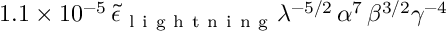
1 . 1 \times 1 0 ^ { - 5 } \, \tilde { \epsilon } _ { \mathrm { ~ l ~ i ~ g ~ h ~ t ~ n ~ i ~ n ~ g ~ } } \lambda ^ { - 5 / 2 } \, \alpha ^ { 7 } \, \beta ^ { 3 / 2 } \gamma ^ { - 4 }